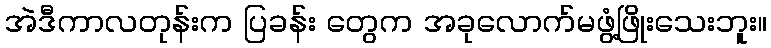
အဲဒီကာလတုန်းက ပြခန်း တွေက အခုလောက်မဖွံ့ဖြိုးသေးဘူး။